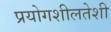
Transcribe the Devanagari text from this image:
प्रयोगशीलतेशी